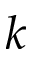
k